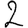
Digit: 2